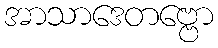
အာသာဒေတဗ္ဗော